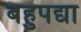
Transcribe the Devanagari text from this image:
बहुपद्या